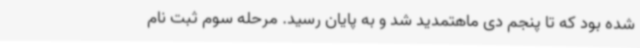
شده بود که تا پنجم دی ماهتمدید شد و به پایان رسید. مرحله سوم ثبت نام